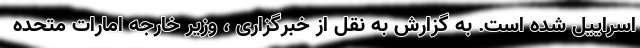
اسراییل شده است. به گزارش به نقل از خبرگزاری ، وزیر خارجه امارات متحده